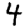
Digit: 4